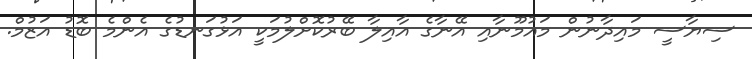
ސިޔާސީ މައިދާނުން މައުމޫނާއި އޭނާގެ އާއިލާ ބޭރުކޮށްލުމަކީ އަޅުގަނޑުގެ އެންމެ ބޮޑު އަޒުމް.